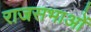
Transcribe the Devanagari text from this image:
राजसभाओं